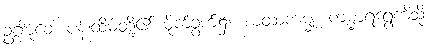
ဥဂ္ဂါမုခေ၊ ပန်းထိမ်တို့၏ မိုက်ခွက်၌။ ယထာကမ္မု၊ ကမ္မာရရွှေကဲ့သို့။